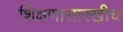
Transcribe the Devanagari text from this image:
शिक्षणासारखीच